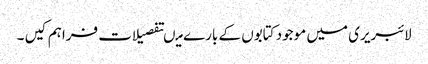
لائبریری میں موجود کتابوں کے بارے میںتفصیلات فراہم کیں ۔